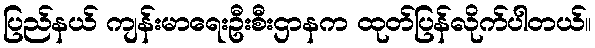
ပြည်နယ် ကျန်းမာရေးဦးစီးဌာနက ထုတ်ပြန်လိုက်ပါတယ်။